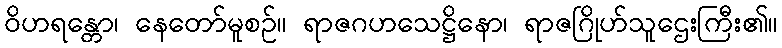
ဝိဟရန္တော၊ နေတော်မူစဉ်။ ရာဇဂဟသေဋ္ဌိနော၊ ရာဇဂြိုဟ်သူဌေးကြီး၏။